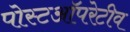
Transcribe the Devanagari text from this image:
पोस्टऑपरेटीव